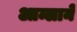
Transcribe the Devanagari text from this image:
आम्लाने